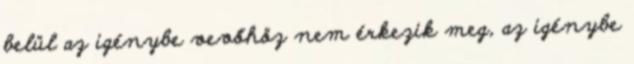
belül az igénybe vevőhöz nem érkezik meg, az igénybe